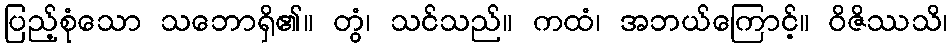
ပြည့်စုံသော သဘောရှိ၏။ တွံ၊ သင်သည်။ ကထံ၊ အဘယ်ကြောင့်။ ဝိဇိဿသိ၊